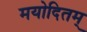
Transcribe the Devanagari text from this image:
मयोदितम्